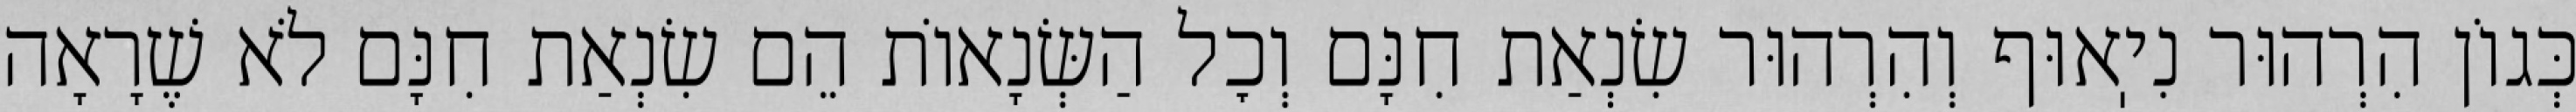
כְּגוֹן הִרְהוּר נִיֽאוּף וְהִרְהוּר שִׂנְאַת חִנָּם וְכׇל הַשְּׂנָאוֹת הֵם שִׂנְאַת חִנָּם לֹא שֶׁרָאָה